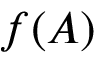
f ( A )